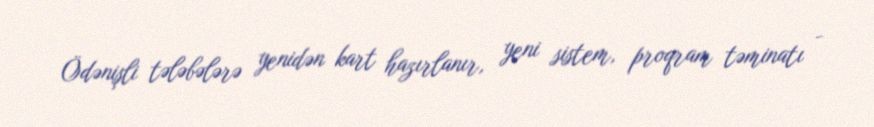
Ödənişli tələbələrə yenidən kart hazırlanır, yeni sistem, proqram təminatı -